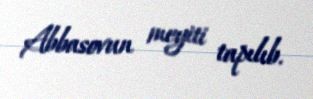
Abbasovun meyiti tapılıb.